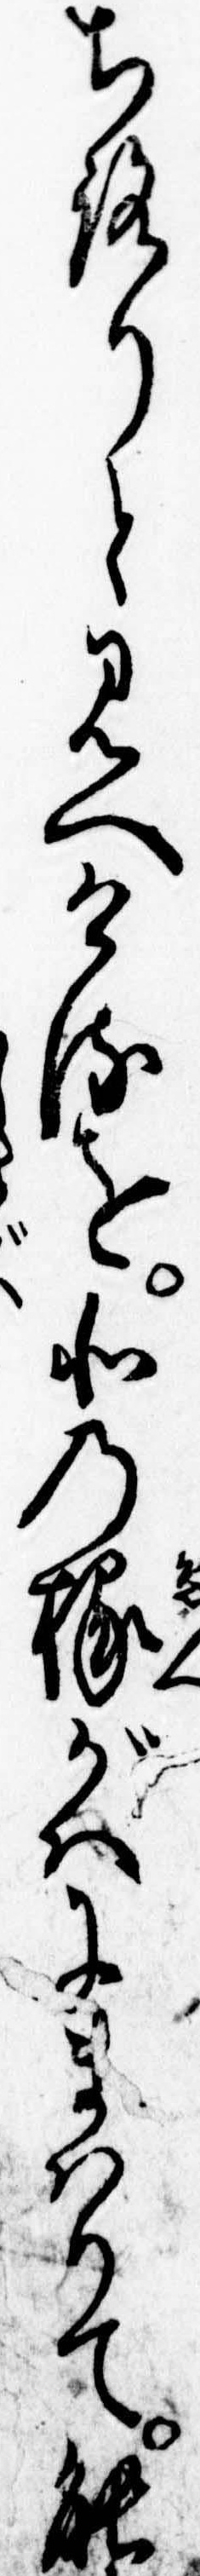
ちろりと見へけるを北の椽がはにまはりて能